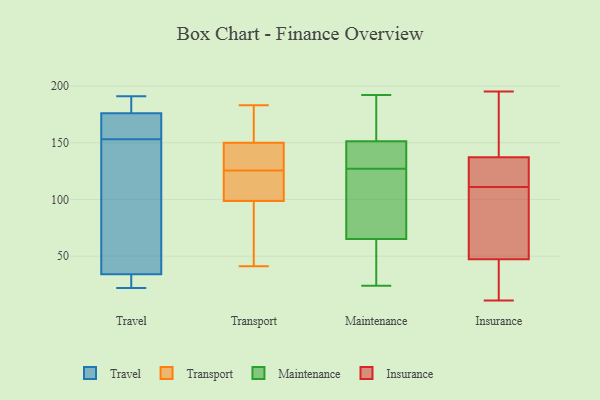
{"axis": {"x": "Net Income (USD K)", "y": "Value"}, "legend": ["Insurance", "Maintenance", "Transport", "Travel"], "data": [{"x": "", "y": 154, "type": "Travel"}, {"x": "", "y": 152, "type": "Travel"}, {"x": "", "y": 191, "type": "Travel"}, {"x": "", "y": 176, "type": "Travel"}, {"x": "", "y": 160, "type": "Travel"}, {"x": "", "y": 34, "type": "Travel"}, {"x": "", "y": 23, "type": "Travel"}, {"x": "", "y": 187, "type": "Travel"}, {"x": "", "y": 22, "type": "Travel"}, {"x": "", "y": 139, "type": "Travel"}, {"x": "", "y": 128, "type": "Transport"}, {"x": "", "y": 149, "type": "Transport"}, {"x": "", "y": 66, "type": "Transport"}, {"x": "", "y": 151, "type": "Transport"}, {"x": "", "y": 100, "type": "Transport"}, {"x": "", "y": 107, "type": "Transport"}, {"x": "", "y": 148, "type": "Transport"}, {"x": "", "y": 149, "type": "Transport"}, {"x": "", "y": 123, "type": "Transport"}, {"x": "", "y": 59, "type": "Transport"}, {"x": "", "y": 122, "type": "Transport"}, {"x": "", "y": 153, "type": "Transport"}, {"x": "", "y": 167, "type": "Transport"}, {"x": "", "y": 97, "type": "Transport"}, {"x": "", "y": 41, "type": "Transport"}, {"x": "", "y": 183, "type": "Transport"}, {"x": "", "y": 56, "type": "Transport"}, {"x": "", "y": 141, "type": "Transport"}, {"x": "", "y": 110, "type": "Transport"}, {"x": "", "y": 152, "type": "Transport"}, {"x": "", "y": 143, "type": "Maintenance"}, {"x": "", "y": 147, "type": "Maintenance"}, {"x": "", "y": 24, "type": "Maintenance"}, {"x": "", "y": 76, "type": "Maintenance"}, {"x": "", "y": 35, "type": "Maintenance"}, {"x": "", "y": 139, "type": "Maintenance"}, {"x": "", "y": 97, "type": "Maintenance"}, {"x": "", "y": 141, "type": "Maintenance"}, {"x": "", "y": 66, "type": "Maintenance"}, {"x": "", "y": 169, "type": "Maintenance"}, {"x": "", "y": 127, "type": "Maintenance"}, {"x": "", "y": 78, "type": "Maintenance"}, {"x": "", "y": 187, "type": "Maintenance"}, {"x": "", "y": 62, "type": "Maintenance"}, {"x": "", "y": 192, "type": "Maintenance"}, {"x": "", "y": 164, "type": "Maintenance"}, {"x": "", "y": 35, "type": "Maintenance"}, {"x": "", "y": 46, "type": "Insurance"}, {"x": "", "y": 51, "type": "Insurance"}, {"x": "", "y": 186, "type": "Insurance"}, {"x": "", "y": 11, "type": "Insurance"}, {"x": "", "y": 90, "type": "Insurance"}, {"x": "", "y": 28, "type": "Insurance"}, {"x": "", "y": 14, "type": "Insurance"}, {"x": "", "y": 195, "type": "Insurance"}, {"x": "", "y": 111, "type": "Insurance"}, {"x": "", "y": 155, "type": "Insurance"}, {"x": "", "y": 51, "type": "Insurance"}, {"x": "", "y": 113, "type": "Insurance"}, {"x": "", "y": 129, "type": "Insurance"}, {"x": "", "y": 140, "type": "Insurance"}, {"x": "", "y": 111, "type": "Insurance"}]}